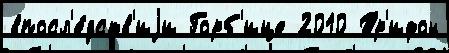
впосл'е́дств'иjи Горб'ице 2010 Тр'ифон